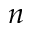
n